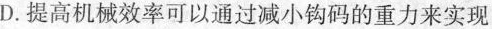
D.提高机械效率可以通过减小钩码的重力来实现